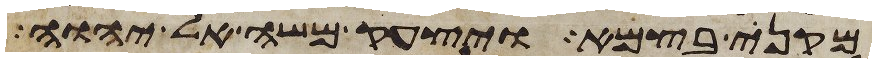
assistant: מקני בצמא ויצעק משה אל יהוה